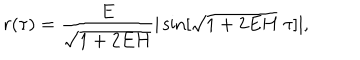
r ( \tau ) = \frac { E } { \sqrt { 1 + 2 E H } } | \sin [ \sqrt { 1 + 2 E H } \; \tau ] | ,